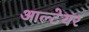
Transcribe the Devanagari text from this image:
आल्टेयर